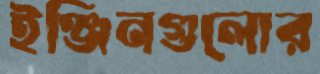
ইঞ্জিনগুলোর